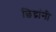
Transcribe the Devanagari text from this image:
छिद्रांनी